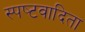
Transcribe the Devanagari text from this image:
स्‍पष्‍टवादिता